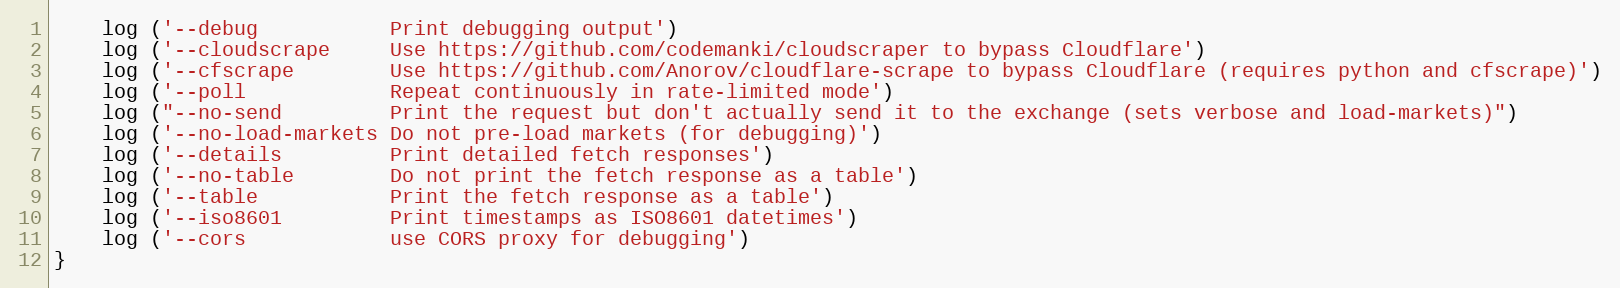
Language: JavaScript
    log ('--debug           Print debugging output')
    log ('--cloudscrape     Use https://github.com/codemanki/cloudscraper to bypass Cloudflare')
    log ('--cfscrape        Use https://github.com/Anorov/cloudflare-scrape to bypass Cloudflare (requires python and cfscrape)')
    log ('--poll            Repeat continuously in rate-limited mode')
    log ("--no-send         Print the request but don't actually send it to the exchange (sets verbose and load-markets)")
    log ('--no-load-markets Do not pre-load markets (for debugging)')
    log ('--details         Print detailed fetch responses')
    log ('--no-table        Do not print the fetch response as a table')
    log ('--table           Print the fetch response as a table')
    log ('--iso8601         Print timestamps as ISO8601 datetimes')
    log ('--cors            use CORS proxy for debugging')
}